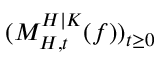
( M _ { H , t } ^ { H | K } ( f ) ) _ { t \geq 0 }